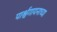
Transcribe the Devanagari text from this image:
पार्श्वगायनाच्या